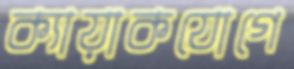
ক্যায়াকযোগে